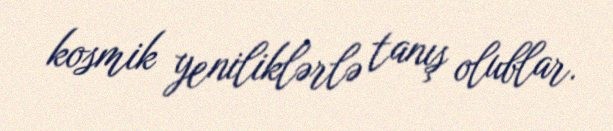
kosmik yeniliklərlə tanış olublar.